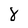
Character: 8